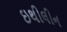
ઇથીલીન